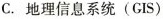
C. 地理信息系统(GIS)